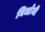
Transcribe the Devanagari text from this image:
निजाँमी